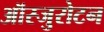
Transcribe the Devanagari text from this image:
ऑस्जुरोटन